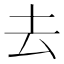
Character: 去